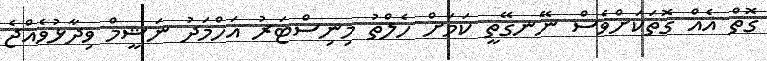
ގޮތް އެއް ގޮތަކަށްވެސް ނޭނގޭތީ ކަމަށް ހެލްތު މިނިސްޓަރު އަހްމަދު ނަޝީމް ވިދާޅުވެއްޖެ